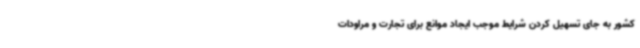
کشور به جای تسهیل کردن شرایط موجب ایجاد موانع برای تجارت و مراودات